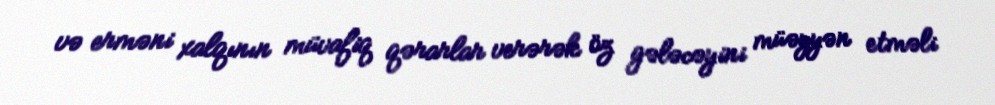
və erməni xalqının müvafiq qərarlar verərək öz gələcəyini müəyyən etməli